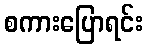
စကားပြောရင်း